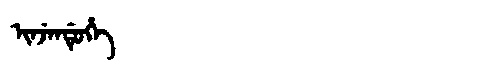
Manchu: ᡳᠨᠵᡝᠨᡩᡠᡥᡝ
Romanization: INJENDUHE